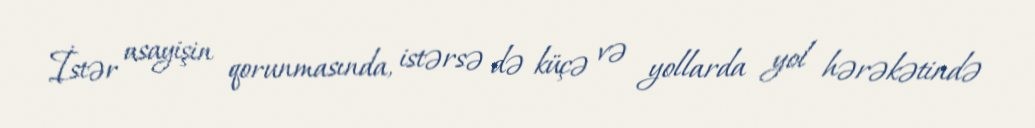
İstər asayişin qorunmasında, istərsə də küçə və yollarda yol hərəkətində